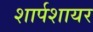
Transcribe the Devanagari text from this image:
शार्पशायर